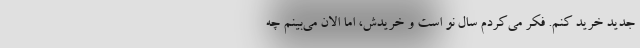
جدید خرید کنم. فکر می‌کردم سال نو است و خریدش، اما الان می‌بینم چه